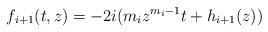
LaTeX: \begin{align*}f_{i+1}(t,z)=-2i(m_iz^{m_i-1}t+h_{i+1}(z))\end{align*}